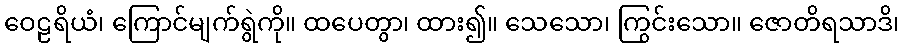
ဝေဠရိယံ၊ ကြောင်မျက်ရွဲကို။ ထပေတွာ၊ ထား၍။ သေသော၊ ကြွင်းသော။ ဇောတိရသာဒိ၊